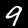
Digit: 9